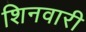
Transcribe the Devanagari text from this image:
शिनवारी